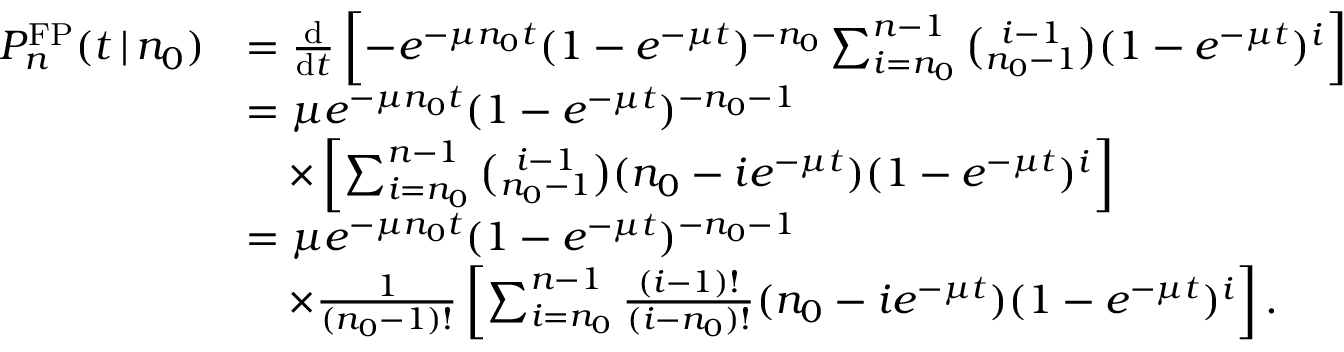
\begin{array} { r l } { P _ { n } ^ { \mathrm { F P } } ( t \, | \, n _ { 0 } ) } & { = \frac { \mathrm { d } } { \mathrm { d } t } \left[ - e ^ { - \mu n _ { 0 } t } ( 1 - e ^ { - \mu t } ) ^ { - n _ { 0 } } \sum _ { i = n _ { 0 } } ^ { n - 1 } { \binom { i - 1 } { n _ { 0 } - 1 } } ( 1 - e ^ { - \mu t } ) ^ { i } \right] } \\ & { = \mu e ^ { - \mu n _ { 0 } t } ( 1 - e ^ { - \mu t } ) ^ { - n _ { 0 } - 1 } } \\ & { \quad \times \left[ \sum _ { i = n _ { 0 } } ^ { n - 1 } { \binom { i - 1 } { n _ { 0 } - 1 } } ( n _ { 0 } - i e ^ { - \mu t } ) ( 1 - e ^ { - \mu t } ) ^ { i } \right] } \\ & { = \mu e ^ { - \mu n _ { 0 } t } ( 1 - e ^ { - \mu t } ) ^ { - n _ { 0 } - 1 } } \\ & { \quad \times \frac { 1 } { ( n _ { 0 } - 1 ) ! } \left[ \sum _ { i = n _ { 0 } } ^ { n - 1 } \frac { ( i - 1 ) ! } { ( i - n _ { 0 } ) ! } ( n _ { 0 } - i e ^ { - \mu t } ) ( 1 - e ^ { - \mu t } ) ^ { i } \right] . } \end{array}